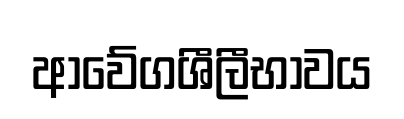
ආවේගශීලීභාවය